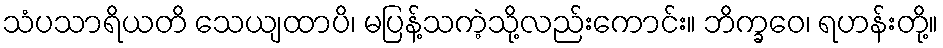
သံပသာရိယတိ သေယျထာပိ၊ မပြန့်သကဲ့သို့လည်းကောင်း။ ဘိက္ခဝေ၊ ရဟန်းတို့။